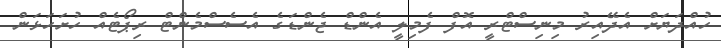
ހުއްދަޔަށް އެދޭއިރު މިނިސްޓްރީ އޮފް ފެމިލީ އެންޑް ޖެންޑަގެ އެސެސްމެންޓް ރިޕޯޓެއް ހުށަހަޅަން